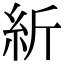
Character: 紤